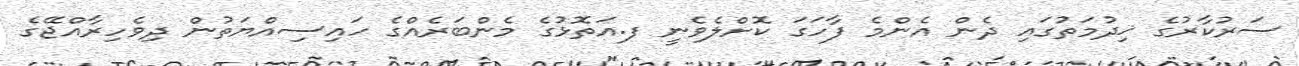
ސަރުކާރުގެ ޚިދުމަތުގައި ދެން އެންމެ ފާހަގަ ކޮށްލެވެނީ ފ.އަތޮޅުގެ މެންބަރެއްގެ ހައިސިއްޔަތުން ދިވެހިރާއްޖޭގެ